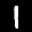
Label: 1